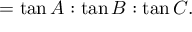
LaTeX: = \tan A : \tan B : \tan C .